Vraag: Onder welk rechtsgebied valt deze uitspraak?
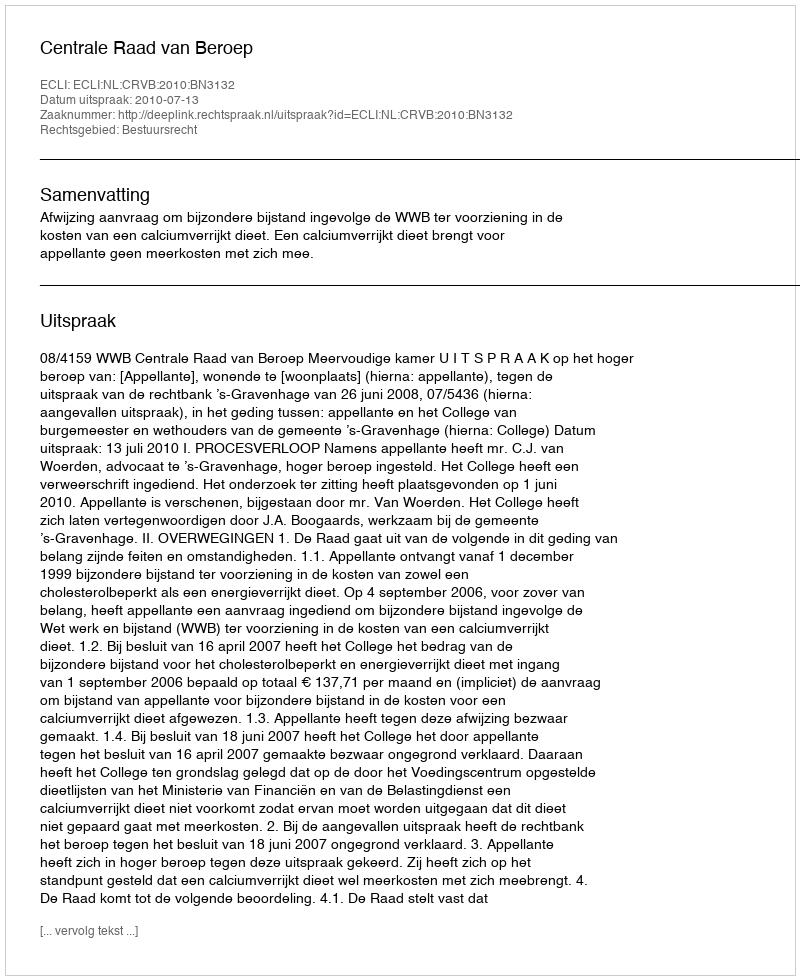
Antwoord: Bestuursrecht